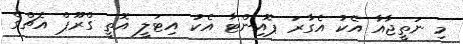
މި ނަތީޖާއާ އެކު އެގާރަ ޕޮއިންޓާ އެކު އިޓަލީ އޮތީ ގްރޫޕް އެޗްގެ